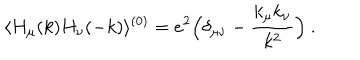
\langle H _ { \mu } ( k ) H _ { \nu } ( - k ) \rangle ^ { ( 0 ) } = e ^ { 2 } \Bigl ( \delta _ { \mu \nu } - { \frac { k _ { \mu } k _ { \nu } } { k ^ { 2 } } } \Bigr ) \ .